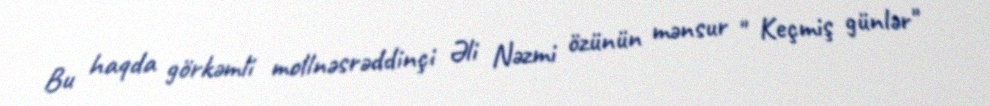
Bu haqda görkəmli mollnəsrəddinçi Əli Nəzmi özünün mənsur " Keçmiş günlər"